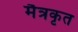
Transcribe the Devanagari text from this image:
मैत्रकृत